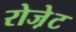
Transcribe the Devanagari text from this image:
रोजे़ट